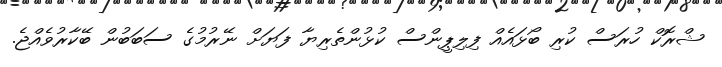
ޝްރޮކް ހުރަސް ކުރި ބޯޅައެއް ފިލިޕީންސް ކުޅުންތެރިޔާ ފަޔަށް ނޭރުމުގެ ސަބަބުން ބޭކާރުވެއްޖެ.